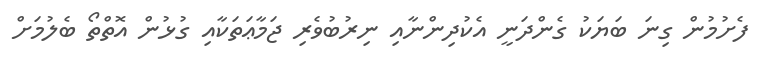
ފެށުމުން ގިނަ ބަޔަކު ގެންދަނީ އެކުދިންނާއި ނިރުބުވެރި ޖަމާޢަތަކާއި ގުޅުން އޮތްތޯ ބެލުމަށް